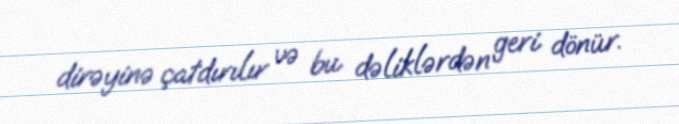
dirəyinə çatdırılır və bu dəliklərdən geri dönür.